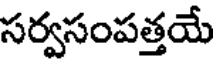
సర్వసంపత్తయే